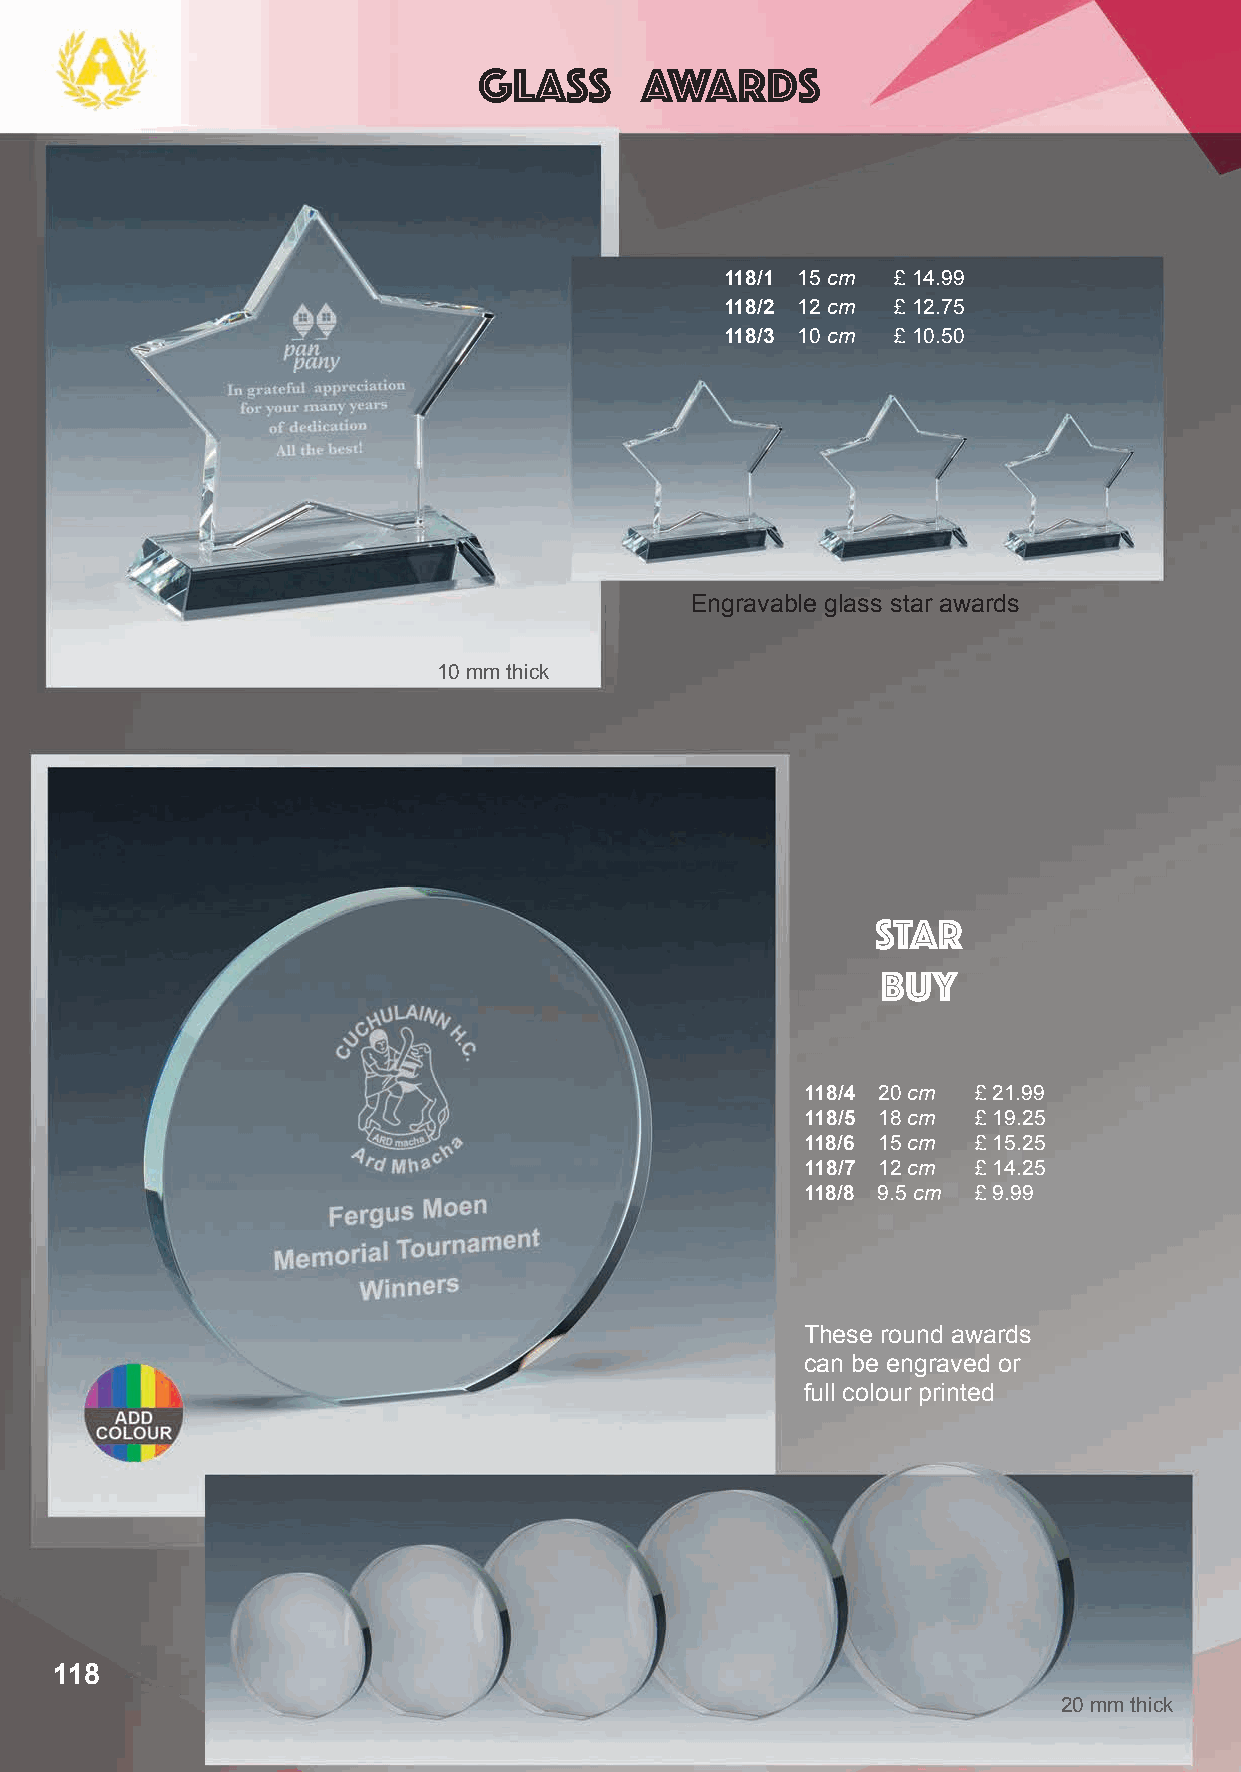
Glass     Awards
 118/1 15 cm £ 14.99
 118/2 12 cm £ 12.75
 118/3 10 cm £ 10.50
 Engravable glass star awards
 10 mm thick
 STAR
 BUY
 118/4 20 cm £ 21.99
 118/5 18 cm £ 19.25
 118/6 15 cm £ 15.25
 118/7 12 cm £ 14.25
 118/8 9.5 cm £ 9.99
 These round awards
 can be engraved or
 full colour printed
 118
 20 mm thick